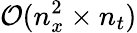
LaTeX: \mathcal{O}(n_{x}^{2}\times n_{t})